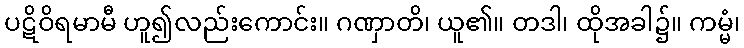
ပဋိဝိရမာမီ ဟူ၍လည်းကောင်း။ ဂဏှာတိ၊ ယူ၏။ တဒါ၊ ထိုအခါ၌။ ကမ္မံ၊